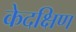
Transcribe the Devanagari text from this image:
केदक्षिण